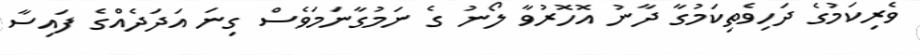
ވެރިކަމުގެ ދަހިވެތިކަމުގާ ދާނު އޮހޮރުވާ ލޯނު ގެ ނަމުގާނަމަވެސް ގިނަ އަދަދެއްގެ ފައިސާ